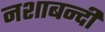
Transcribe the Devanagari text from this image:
नशाबन्दी